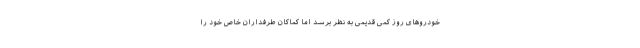
خودروهای روز کمی قدیمی به نظر برسد اما کماکان طرفداران خاص خود را